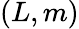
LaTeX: (L,m)